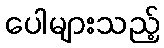
ပေါများသည့်